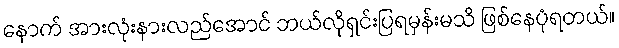
နောက် အားလုံးနားလည်အောင် ဘယ်လိုရှင်းပြရမှန်းမသိ ဖြစ်နေပုံရတယ်။